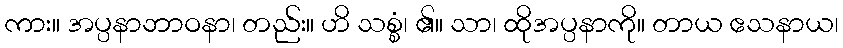
ကား။ အပ္ပနာဘာဝနာ၊ တည်း။ ဟိ သစ္စံ၊ ၏။ သာ၊ ထိုအပ္ပနာကို။ တာယ ဧသနာယ၊